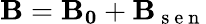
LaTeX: \mathbf{B}=\mathbf{B_{0}}+\mathbf{B}_{\mathrm{~s~e~n~}}